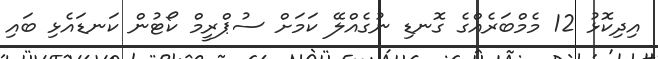
އިދިކޮޅު 12 މެމްބަރެއްގެ ގޮނޑި ނުގެއްލޭ ކަމަށް ސުޕްރީމް ކޯޓުން ކަނޑައެޅި ބައި